Vaccination in Burma 1889-1999 - 1889-1999
Year: 1889
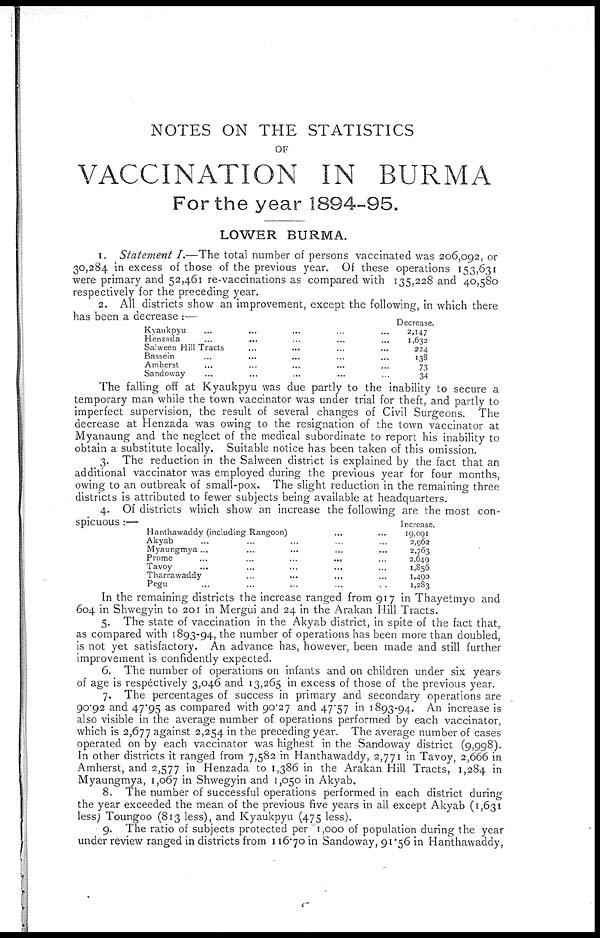
NOTES ON THE STATISTICS
OF
VACCINATION IN BURMA
For the year 1894-95.
LOWER BURMA.
1. Statement I.—The total number of persons vaccinated was 206,092, or
30,284 in excess of those of the previous year. Of these operations 153,631
were primary and 52,461 re-vaccinations as compared with 135,228 and 40,580
respectively for the preceding year.
2. All districts show an improvement, except the following, in which there
has been a decrease :—
Kyaukpyu ... ... ... ...
Henzada ... ... ... ...
Salween Hill Tracts ... ... ...
Bassein ... ... ... ...
Amherst ... ... ... ...
Sandoway ... ... ... ...
Decrease.
2,147
1,632
224
138
73
34
The falling off at Kyaukpyu was due partly to the inability to secure a
temporary man while the town vaccinator was under trial for theft, and partly to
imperfect supervision, the result of several changes of Civil Surgeons. The
decrease at Henzada was owing to the resignation of the town vaccinator at
Myanaung and the neglect of the medical subordinate to report his inability to
obtain a substitute locally. Suitable notice has been taken of this omission.
3. The reduction in the Salween district is explained by the fact that an
additional vaccinator was employed during the previous year for four months,
owing to an outbreak of small-pox. The slight reduction in the remaining three
districts is attributed to fewer subjects being available at headquarters.
4. Of districts which show an increase the following are the most con-
spicuous :—
Hanthawaddy (including Rangoon) ... ...
Akyab ... ... ... ... ...
Myaungmya ... ... ... ... ...
Prome
...
...
...
...
...
Tavoy ... ... ... ... ...
Tharrawaddy ... ... ... ... ...
Pegu ... ... ... ... ...
Increase.
19,091
2,962
2,763
2,649
1,856
1,490
1,283
In the remaining districts the increase ranged from 917 in Thayetmyo and
604 in Shwegyin to 201 in Mergui and 24 in the Arakan Hill Tracts.
5. The state of vaccination in the Akyab district, in spite of the fact that,
as compared with 1893-94, the number of operations has been more than doubled,
is not yet satisfactory. An advance has, however, been made and still further
improvement is confidently expected.
6. The number of operations on infants and on children under six years
of age is respectively 3,046 and 13,265 in excess of those of the previous year.
7. The percentages of success in primary and secondary operations are
90.92 and 47.95 as compared with 90.27 and 47.57 in 1893-94. An increase is
also visible in the average number of operations performed by each vaccinator,
which is 2,677 against 2,254 in the preceding year. The average number of cases
operated on by each vaccinator was highest in the Sandoway district (9,998).
In other districts it ranged from 7,582 in Hanthawaddy, 2,771 in Tavoy, 2,666 in
Amherst, and 2,577 in Henzada to 1,386 in the Arakan Hill Tracts, 1,284 in
Myaungmya, 1,067 in Shwegyin and 1,050 in Akyab.
8. The number of successful operations performed in each district during
the year exceeded the mean of the previous five years in all except Akyab (1,631
less) Toungoo (813 less), and Kyaukpyu (475 less).
9. The ratio of subjects protected per 1,000 of population during the year
under review ranged in districts from 116.70 in Sandoway, 91.56 in Hanthawaddy,